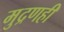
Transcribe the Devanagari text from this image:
मुद्रणही